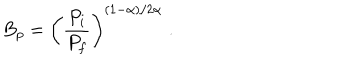
B _ { p } = \left( \frac { P _ { i } } { P _ { f } } \right) ^ { ( 1 - \alpha ) / 2 \alpha } \; .